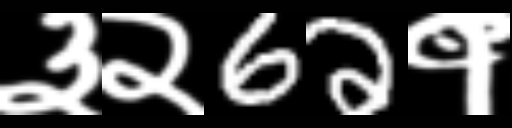
Text: ३२62१